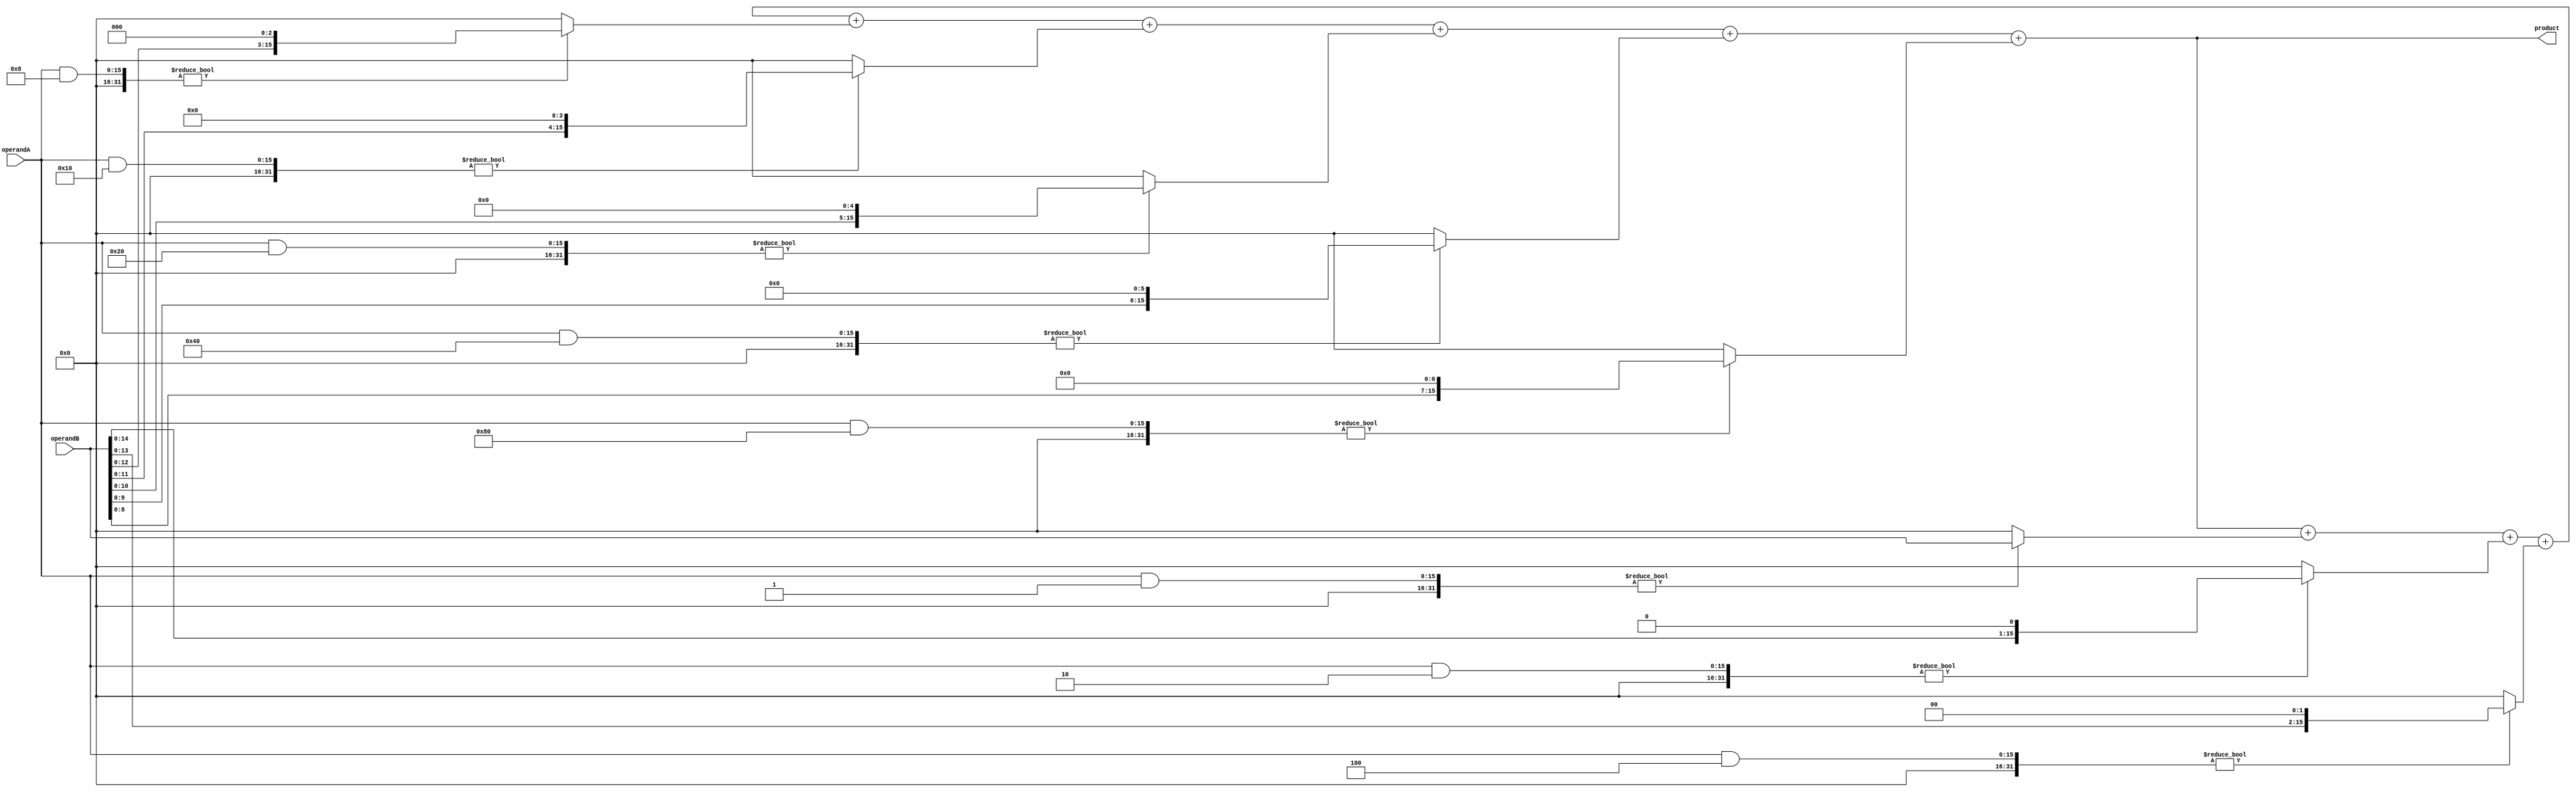
module BaughWooleyMultiplier (
  input [15:0] operandA,
  input [15:0] operandB,
  output [31:0] product
);

reg [15:0] partialProducts [7:0];
reg [31:0] finalProduct;

integer i;
integer k;
reg [15:0] temp;

always @ (operandA or operandB) begin
  for (i = 0; i < 8; i = i + 1) begin
    temp = 0;
    temp = operandA & (1 << i) ? operandB << i: 0;
    partialProducts[i] <= temp;
  end
  
  for (i = 0; i < 8; i = i + 1) begin
    finalProduct = finalProduct + partialProducts[i];
  end
end

assign product = finalProduct;

endmodule